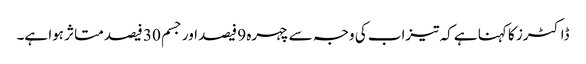
ڈاکٹرز کا کہنا ہے کہ تیزاب کی وجہ سے چہرہ 9 فیصد اور جسم 30 فیصد متاثر ہوا ہے۔